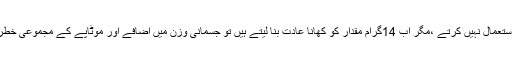
مزید براں اگر گریوں کا استعمال نہیں کرتے ،مگر اب 14گرام مقدار کو کھانا عادت بنا لیتے ہیں تو جسمانی وزن میں اضافے اور موٹاپے کے مجموعی خطرات کو کم کیا جاسکتاہے۔